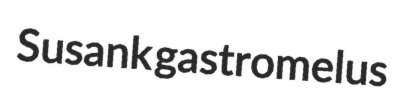
Susank gastromelus